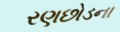
રણછોડના